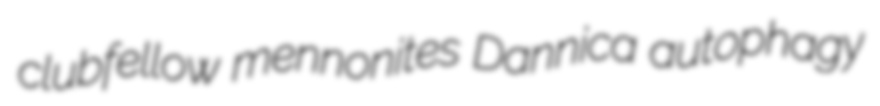
clubfellow mennonites Dannica autophagy